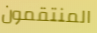
المنتقمون